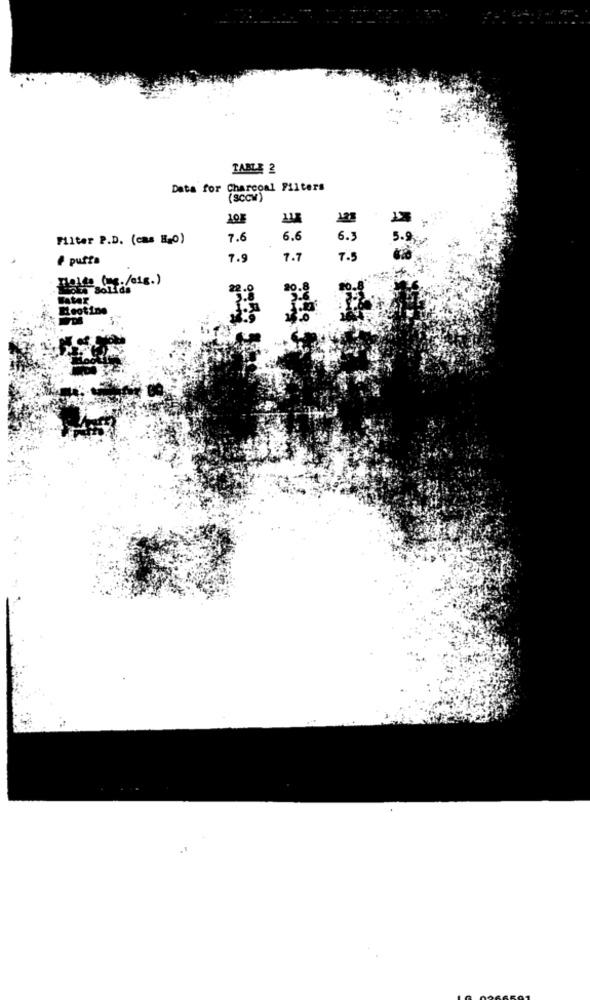
TABLE 2
Data for Charcoal Filters
(SCCW)
10E
122
Filter P.D. (cas H=0)
7.6
6.6
6.3
5.92
& purta
7.9
7.7
7.5
7 Solids
22.0
20.8
later
Leotine
23.0